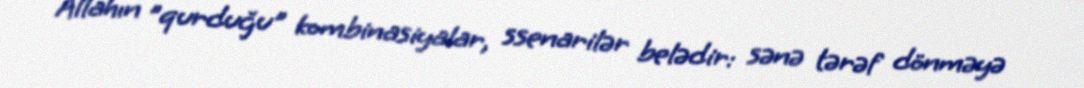
Allahın "qurduğu" kombinasiyalar, ssenarilər belədir: sənə tərəf dönməyə